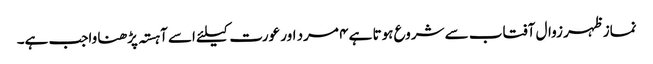
نماز ظہر زوال آفتاب سے شروع ہوتا ہے ۴ مرد اور عورت کیلئے اسے آہستہ پڑھنا واجب ہے۔